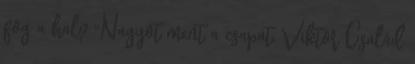
fog a hal? "Nagyot ment a csapat, Viktor Család